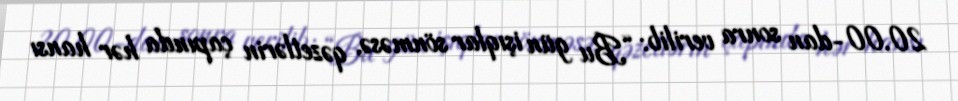
20.00-dan sonra verilib: “Bu gün işıqlar sönməsə, qəzetlərin çapında hər hansı